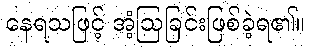
နေရသဖြင့် အံ့ဩခြင်းဖြစ်ခဲ့ရ၏။